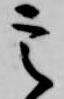
定